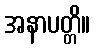
အနာပတ္တိ။